Plague in India, 1896, 1897 - Volume 2
Year: 1896
Disease focus: Plague
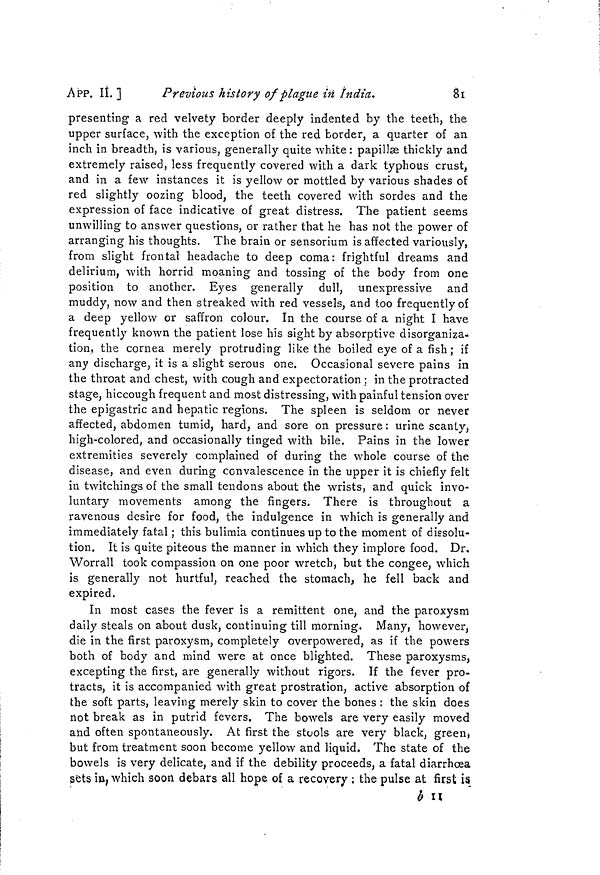
APP. II. ]
Previous history of plague in India.
81
presenting a red velvety border deeply indented by the teeth, the
upper surface, with the exception of the red border, a quarter of an
inch in breadth, is various, generally quite white : papillœ thickly and
extremely raised, less frequently covered with a dark typhous crust,
and in a few instances it is yellow or mottled by various shades of
red slightly oozing blood, the teeth covered with sordes and the
expression of face indicative of great distress. The patient seems
unwilling to answer questions, or rather that he has not the power of
arranging his thoughts. The brain or sensorium is affected variously,
from slight frontal headache to deep coma: frightful dreams and
delirium, with horrid moaning and tossing of the body from one
position to another. Eyes generally dull, unexpressive and
muddy, now and then streaked with red vessels, and too frequently of
a deep yellow or saffron colour. In the course of a night I have
frequently known the patient lose his sight by absorptive disorganiza-
tion, the cornea merely protruding like the boiled eye of a fish ; if
any discharge, it is a slight serous one. Occasional severe pains in
the throat and chest, with cough and expectoration ; in the protracted
stage, hiccough frequent and most distressing, with painful tension over
the epigastric and hepatic regions. The spleen is seldom or never
affected, abdomen tumid, hard, and sore on pressure : urine scanty,
high-colored, and occasionally tinged with bile. Pains in the lower
extremities severely complained of during the whole course of the
disease, and even during convalescence in the upper it is chiefly felt
in twitchings of the small tendons about the wrists, and quick invo-
luntary movements among the fingers. There is throughout a
ravenous desire for food, the indulgence in which is generally and
immediately fatal ; this bulimia continues up to the moment of dissolu-
tion. It is quite piteous the manner in which they implore food. Dr.
Worrall took compassion on one poor wretch, but the congee, which
is generally not hurtful, reached the stomach, he fell back and
expired.
In most cases the fever is a remittent one, and the paroxysm
daily steals on about dusk, continuing till morning. Many, however,
die in the first paroxysm, completely overpowered, as if the powers
both of body and mind were at once blighted. These paroxysms,
excepting the first, are generally without rigors. If the fever pro-
tracts, it is accompanied with great prostration, active absorption of
the soft parts, leaving merely skin to cover the bones : the skin does
not break as in putrid fevers. The bowels are very easily moved
and often spontaneously. At first the stuols are very black, green,
but from treatment soon become yellow and liquid. The state of the
bowels is very delicate, and if the debility proceeds, a fatal diarrhœa
sets in, which soon debars all hope of a recovery ; the pulse at first is
b n